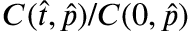
{ C } ( \hat { t } , \hat { p } ) / C ( 0 , \hat { p } )